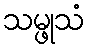
သမ္ဖုသံ